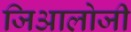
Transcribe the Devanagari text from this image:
जिआलोजी